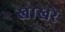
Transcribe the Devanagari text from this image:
खाखरे